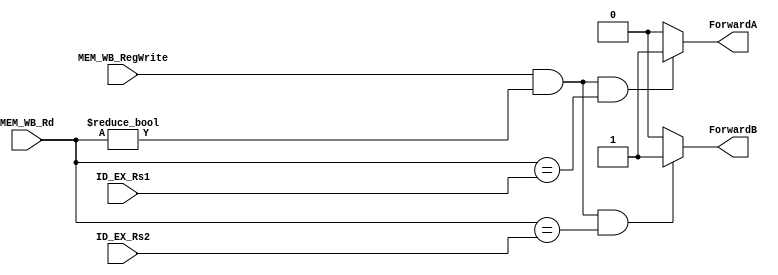
`timescale 1ns / 1ps
//////////////////////////////////////////////////////////////////////////////////
// Company: 
// Engineer: 
// 
// Design Name: 
// Module Name: Forwarding_Unit
// Project Name: 
// Target Devices: 
// Tool Versions: 
// Description: 
// 
// Dependencies: 
// 
// Revision:
// Revision 0.01 - File Created
// Additional Comments:
// 
//////////////////////////////////////////////////////////////////////////////////

// remove EX_MEM_Rd and its regwrite: is already solved
module Forwarding_Unit(
input [4:0] ID_EX_Rs1,ID_EX_Rs2, MEM_WB_Rd,
input MEM_WB_RegWrite, output reg ForwardA , ForwardB
    );
    
always@(*)begin
if(MEM_WB_RegWrite &&(MEM_WB_Rd!=5'd0)&&(MEM_WB_Rd==ID_EX_Rs1))
ForwardA = 2'b1;
else 
ForwardA = 2'b0;
if(MEM_WB_RegWrite &&(MEM_WB_Rd!=5'd0)&&(MEM_WB_Rd==ID_EX_Rs2))
ForwardB = 2'b1;
else
ForwardB = 2'b0;
end
endmodule